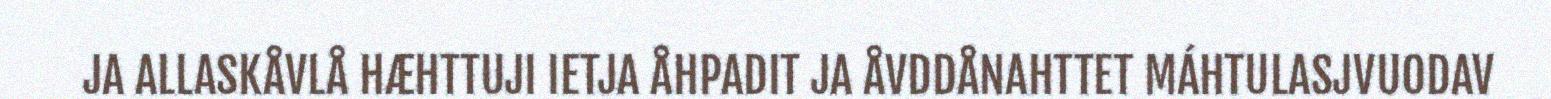
JA ALLASKÅVLÅ HÆHTTUJI IETJA ÅHPADIT JA ÅVDDÅNAHTTET MÁHTULASJVUODAV